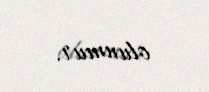
olunmur.